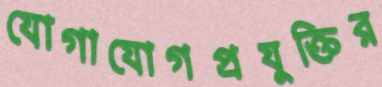
যোগাযোগপ্রযুক্তির